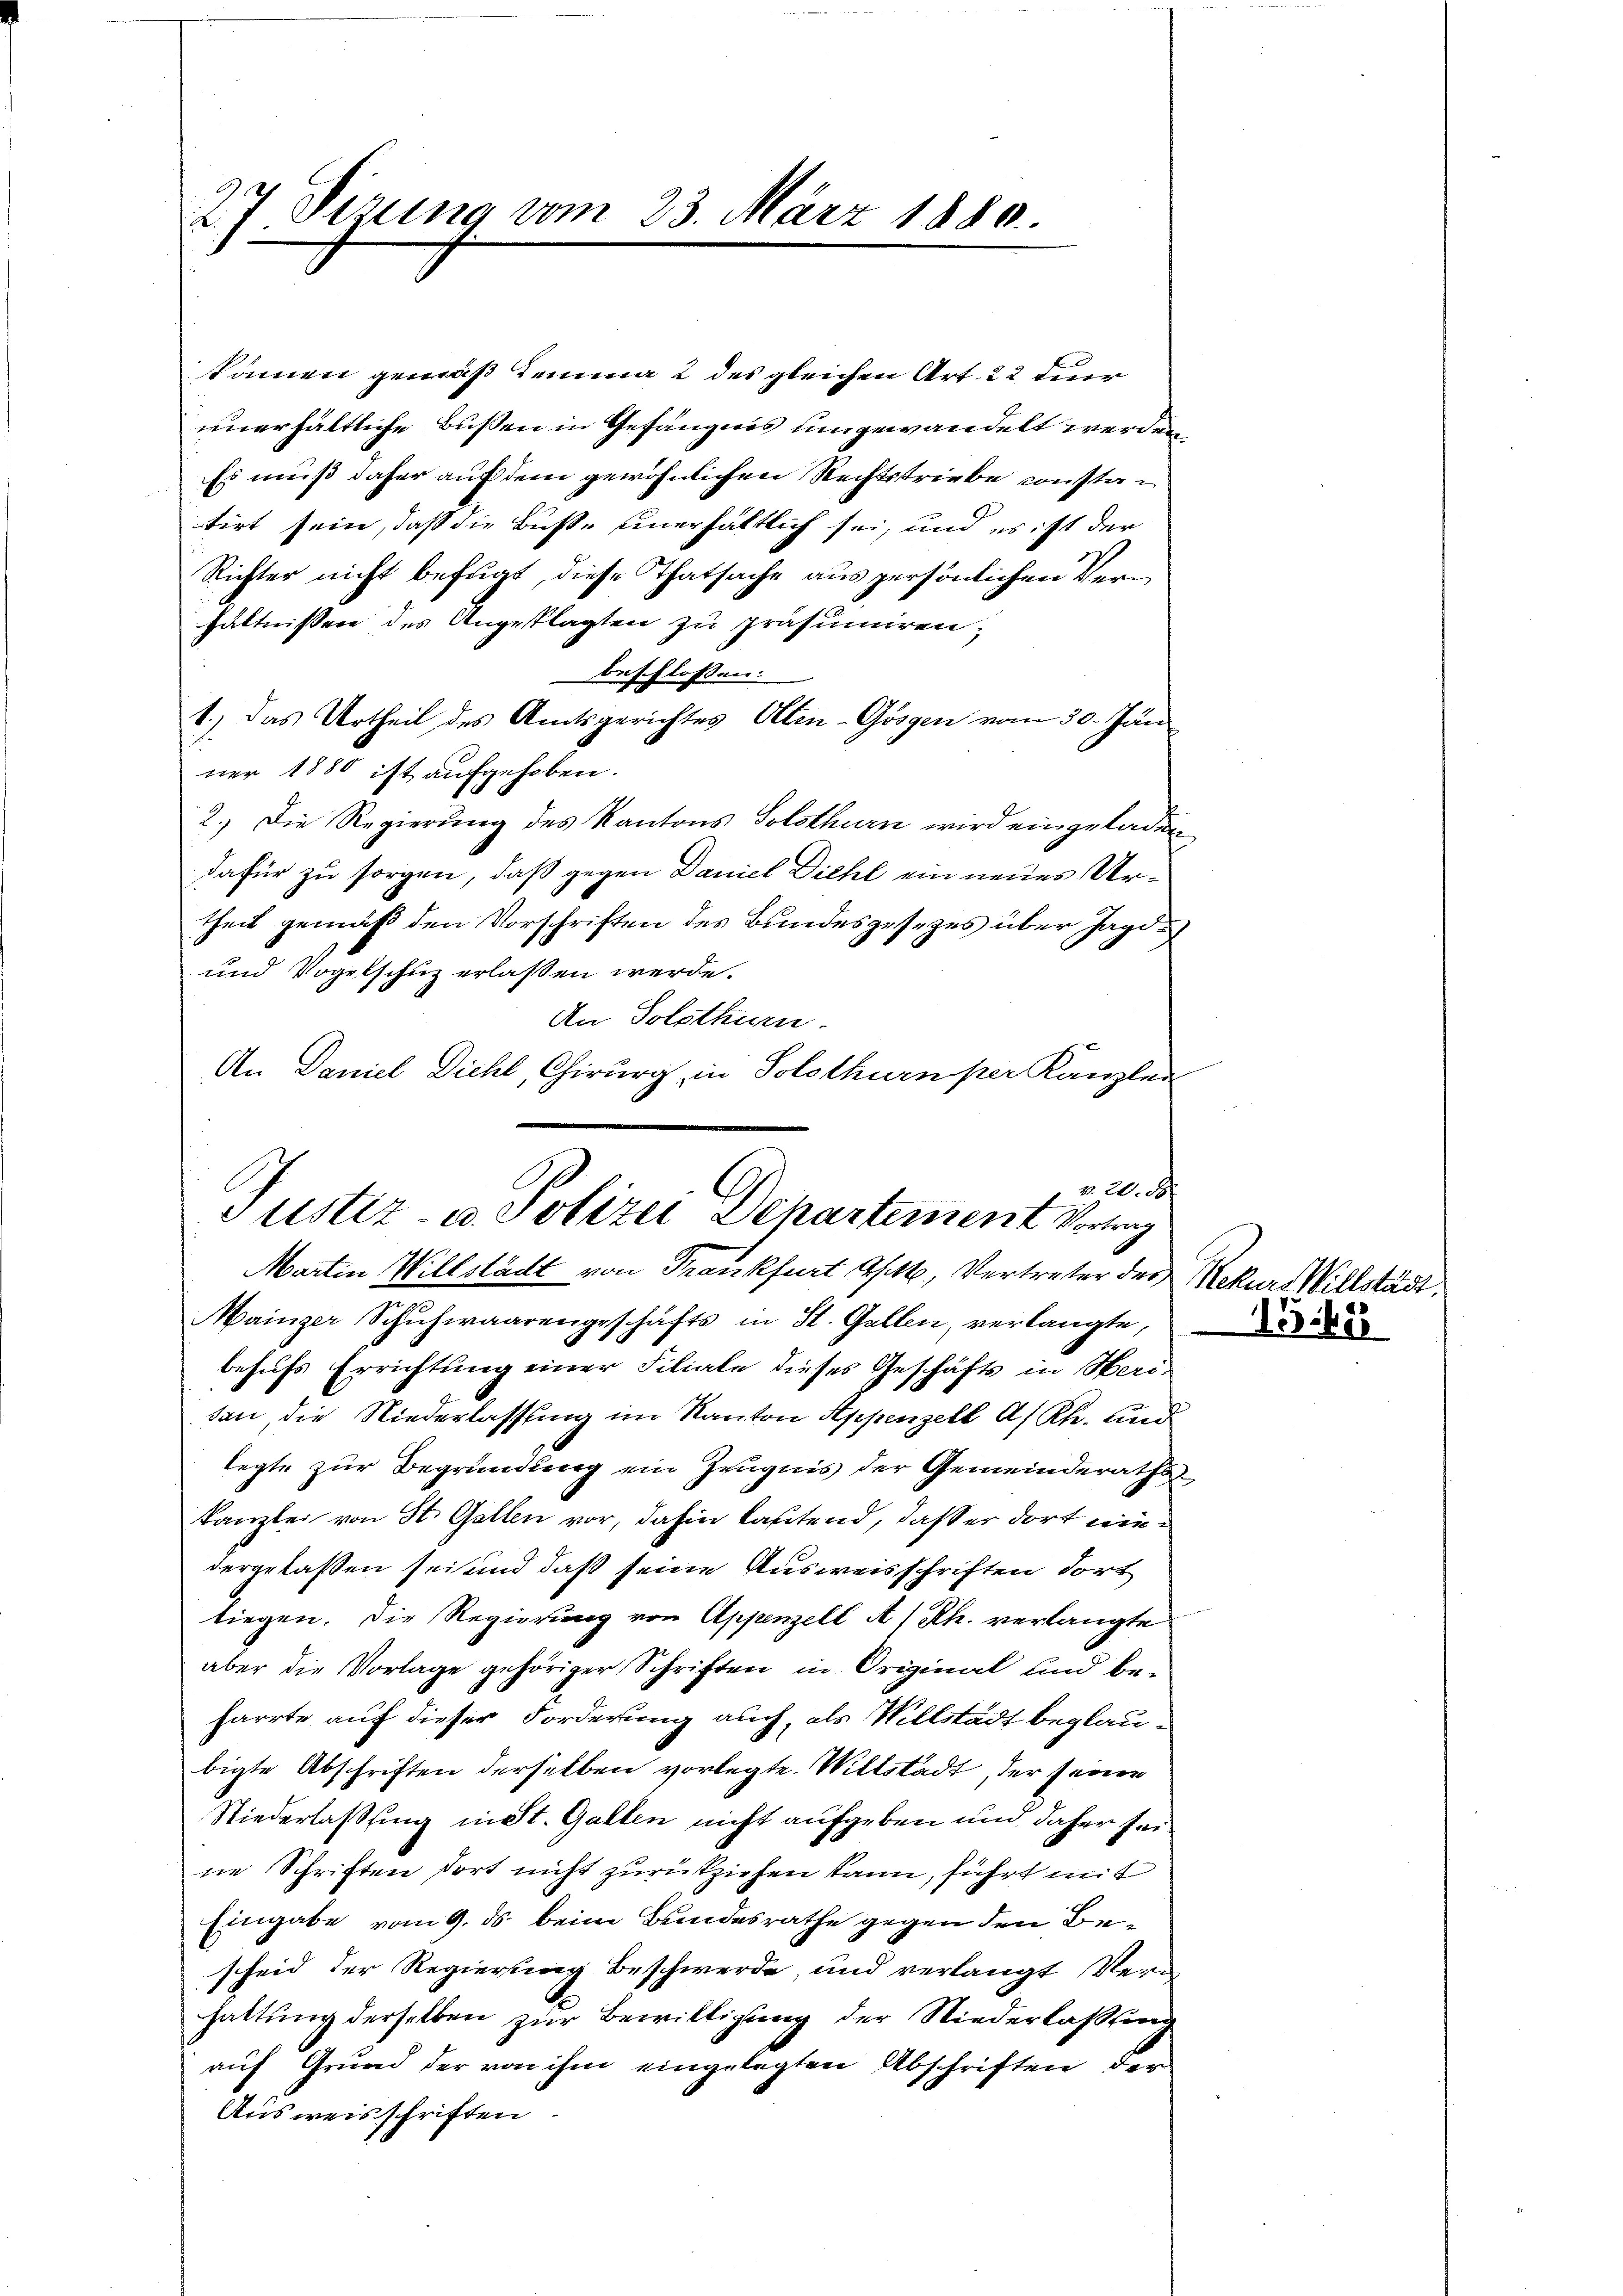
27 Sizung vom 23. März 1880.

können gemäß Lemma 2 des gleichen Art. 22 der
unerhältliche Bussen in Gefängnis umgewandelt werden
Es muß daher auf dem gewöhnlichen Rechtstriebe constatirt sein, daß die Buße unerhältlich sei, und es ist der
Richter nicht befugt, diese Thatsache aus persönlichen Verhältnissen des Angestlagten zu präsumiren,
beschlossen:
1.) Das Urtheil des Amtsgerichtes Olten-Gösgen vom 30. Jän
ner 1880 ist aufgehoben.
2.) Die Regierung des Kantons Solothurn wird eingeladen
dafür zu sorgen, daß gegen Daniel Diehl ein neues Urtheil gemäß den Vorschriften des Bundesgesezes über Jagd¬
und Vogelschuz erlaßen werde.
An Solothurn.
An Daniel Diehl, Chirurg, in Solothurn per Kanzlei

v. 20. d.
Justiz- u. Polizei Departement Vortrag
Martin Willstädt von Frankfurt sitt, Vertreter des Rekurs Willstädt.

Mainzer Schuhwaarengeschäfts in St. Gallen, verlangte,
behufs Errichtung einer Filiale dieses Geschäfts in Herisan, die Niederlassung im Kanton Appenzell A/Rh. und
legte zur Begründung ein Zeugnis der Gemeinderathskanzlei von St. Gallen vor, dahin lautend, daß er dort eindergelassen sei und daß seine Ausweisschriften dort
liegen. Die Regierung von Appenzell A/Rh. verlangte
aber die Vorlage gehöriger Schriften in Original und be-
harrte auf dieser Forderung auch, als Willstadt beglaubigte Abschriften derselben vorlegte. Wittstadt, der seinen
Niederlassung in St. Galten nicht aufgeben und daher sei.
ne Schriften fort nicht zurückziehen kann, führt mit
Eingabe vom 9. ds beim Bundesrathe gegen den Bescheid der Regierung Beschwerde, und verlangt Vern
haltung derselben zur Bewilligung der Niederlaßung
auf Grund der von ihm eingelegten Abschriften der
Ausweisschriften

T.48